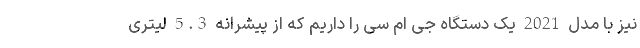
نیز با مدل 2021 یک دستگاه جی ام سی را داریم که از پیشرانه 5.3 لیتری